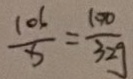
\frac { 1 0 6 } { x } = \frac { 1 0 0 } { 3 2 g }